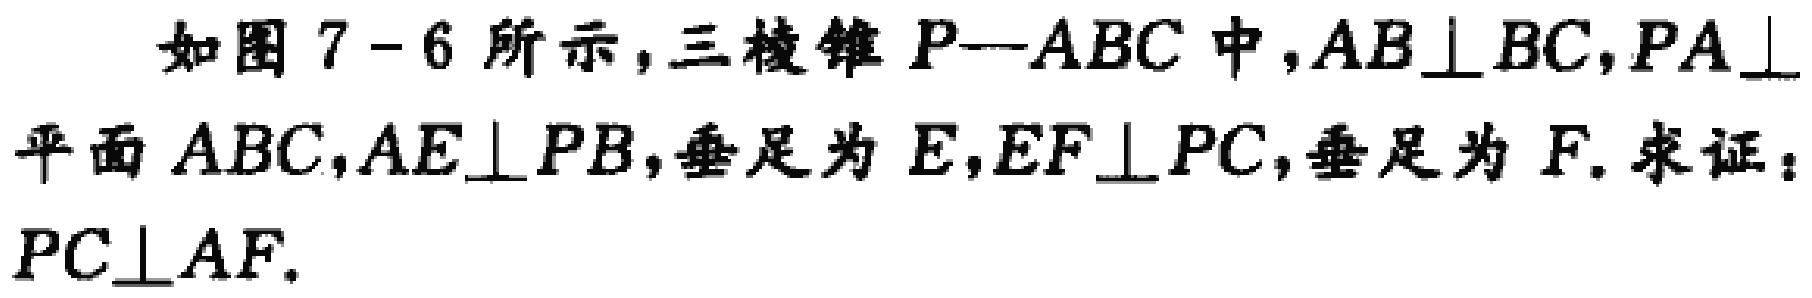
如图7-6所示，三棱锥 \(P - ABC\) 中，\(AB\perp BC\)，\(PA\perp\)平面 \(ABC\)，\(AE\perp PB\)，垂足为 \(E\)，\(EF\perp PC\)，垂足为 \(F\). 求证：\(PC\perp AF\).